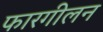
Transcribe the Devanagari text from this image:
फारगीलन